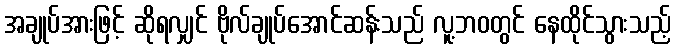
အချုပ်အားဖြင့် ဆိုရလျှင် ဗိုလ်ချုပ်အောင်ဆန်းသည် လူ့ဘဝတွင် နေထိုင်သွားသည့်